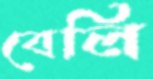
বেলি